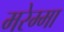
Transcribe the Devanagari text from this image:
मरेम्मा